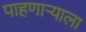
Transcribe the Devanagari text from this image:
पाहणाऱ्याला